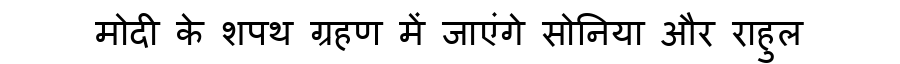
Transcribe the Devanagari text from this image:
मोदी के शपथ ग्रहण में जाएंगे सोनिया और राहुल